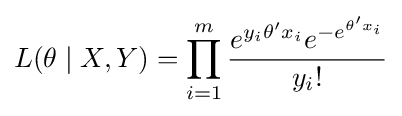
L(\theta \mid X,Y)=\prod _{i=1}^{m}{\frac {e^{y_{i}\theta 'x_{i}}e^{-e^{\theta 'x_{i}}}}{y_{i}!}}